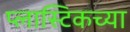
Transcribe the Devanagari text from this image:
प्लास्टिकच्या